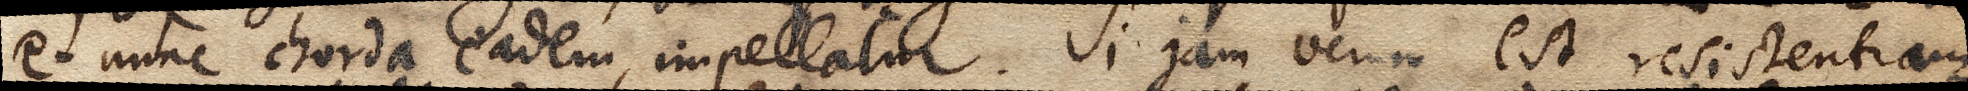
et nunc chorda eadem, impellatur. Si jam verum est resistentiam